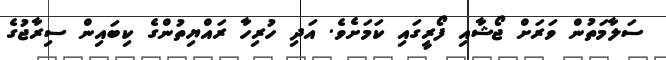
ސަލާމަތުން ވަރަށް ޖޯޝާއި ފޯރީގައި ކަމަށެވެ. އަދި ހުރިހާ ރައްޔިތުންގެ ކިބައިން ސިރާޖުގެ